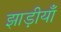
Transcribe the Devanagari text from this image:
झाड़ीयाँ